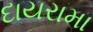
દાયરામા